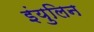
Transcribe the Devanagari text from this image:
इंयुलिन